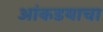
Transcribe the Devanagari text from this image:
आंकडयाचा